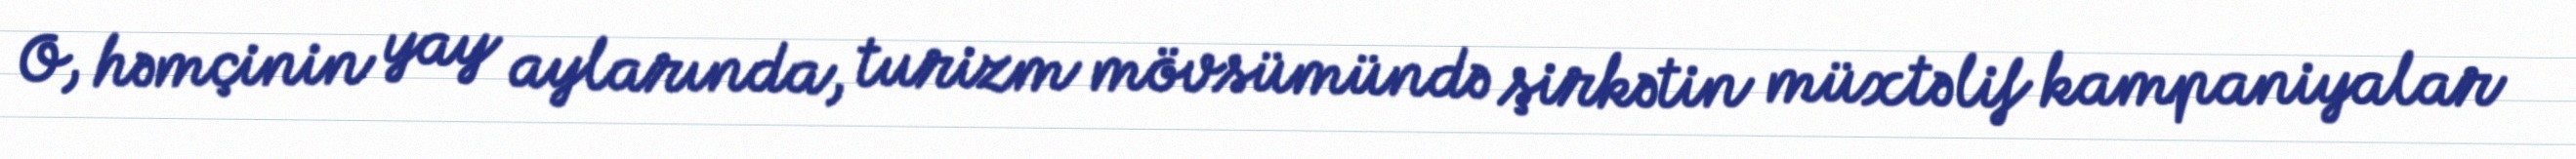
O, həmçinin yay aylarında, turizm mövsümündə şirkətin müxtəlif kampaniyalar